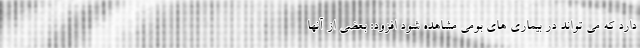
دارد که می تواند در بیماری های بومی مشاهده شود افزود: بعضی از آنها